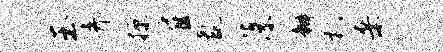
玉弃掠雇氲藻瓣札桑